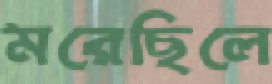
মরেছিলে